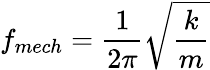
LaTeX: f_{mech}=\frac{1}{2\pi}\sqrt{\frac{k}{m}}